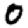
Digit: 0